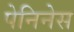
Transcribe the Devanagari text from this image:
पेनिनेस